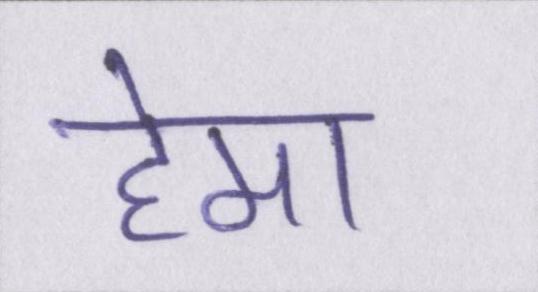
हेमा